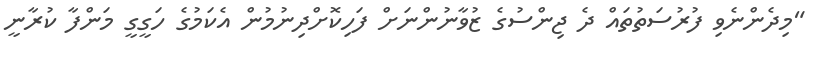
"މިދެންނެވި ފުރުސަތުތައް ދެ ޖިންސުގެ ޒުވާނުންނަށް ފަހިކޮށްދިނުމުން އެކަމުގެ ހަގީގީ މަންފާ ކުރާނީ